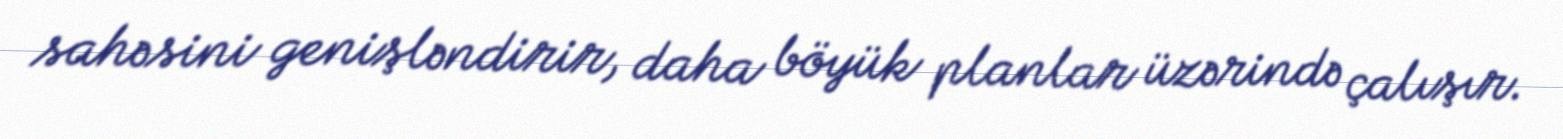
sahəsini genişləndirir, daha böyük planlar üzərində çalışır.